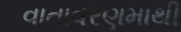
વાતાવરણમાથી